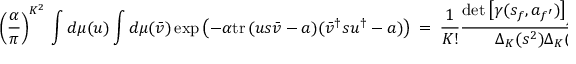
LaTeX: \left( \frac { \alpha } { \pi } \right) ^ { K ^ { 2 } } \, \int d \mu ( u ) \int d \mu ( \bar { v } ) \exp \left( - \alpha { \mathrm { t r } \, } ( u s \bar { v } - a ) ( \bar { v } ^ { \dagger } s u ^ { \dagger } - a ) \right) \ = \ \frac { 1 } { K ! } \frac { \operatorname * { d e t } \left[ \gamma ( s _ { f } , a _ { f ^ { \prime } } ) \right] _ { f , f ^ { \prime } = 1 , \ldots , K } } { \Delta _ { K } ( s ^ { 2 } ) \Delta _ { K } ( a ^ { 2 } ) } \ .